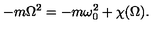
- m \Omega ^ { 2 } = - m \omega _ { 0 } ^ { 2 } + \chi ( \Omega ) .